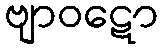
ဗျာဝဋော